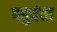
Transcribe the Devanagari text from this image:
पहुचंता